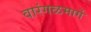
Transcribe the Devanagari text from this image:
वारंगळमार्गे